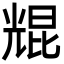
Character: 尡